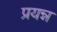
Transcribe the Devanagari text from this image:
प्रयन्न